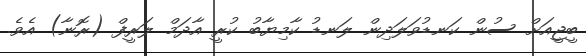
ބީޖީއަށް ސުން ކަނޑުވަލަދިން ލަނޑު ކާމިޔާބު ކުރީ އާދަމް ލަރީފް (ރޮނާ) އެވެ.